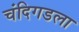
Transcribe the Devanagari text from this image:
चंदिगडला